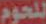
للحوم